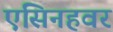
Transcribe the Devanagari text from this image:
एसिनहवर